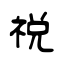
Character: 祱